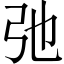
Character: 弛